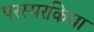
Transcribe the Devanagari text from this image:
परस्परकिया